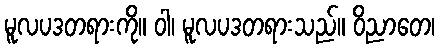
မူလပဒတရားကို။ ဝါ၊ မူလပဒတရားသည်။ ဝိညာတေ၊